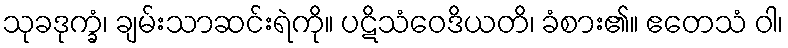
သုခဒုက္ခံ၊ ချမ်းသာဆင်းရဲကို။ ပဋိသံဝေဒိယတိ၊ ခံစား၏။ ဧတေသံ ဝါ၊